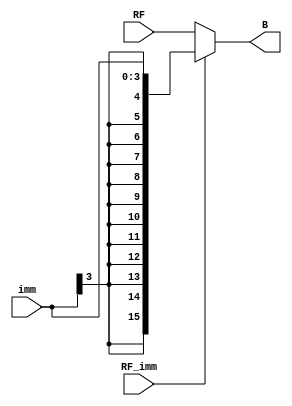
module immediate_mux(input [15:0] RF,
                    input [3:0] imm,
                    input RF_imm,
                    output [15:0] B);
    
    //outputs imm if RF_imm == 1.
    //defualt to RF (RF_imm == 0)
    assign B = RF_imm ? { {12{imm[3]}}, imm} : RF;              
               
endmodule